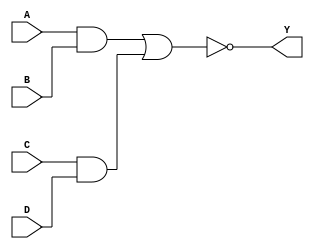
module AOI_1(input A,input B,input C,input D,output Y); // This is Data Flow Modelling
wire a_w;
wire b_w;
assign a_w = A & B;
assign b_w = C & D;
assign Y = ~(a_w | b_w); // A input or output or wire or reg data types must never start with a number. It is an error
endmodule